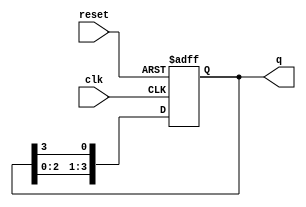
module ring_counter (
    input wire clk,        // Clock signal
    input wire reset,      // Asynchronous reset signal
    output reg [3:0] q     // 4-bit output of the ring counter
);

    // Initial state: 1000
    initial begin
        q = 4'b1000;      // Set initial state
    end

    always @(posedge clk or posedge reset) begin
        if (reset) begin
            q <= 4'b1000; // Reset to initial state
        end else begin
            // Shift the '1' to the right in a circular manner
            q <= {q[2:0], q[3]}; // Shift right and wrap around
        end
    end

endmodule